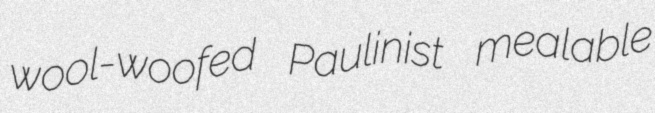
wool-woofed Paulinist mealable